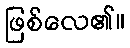
ဖြစ်လေ၏။